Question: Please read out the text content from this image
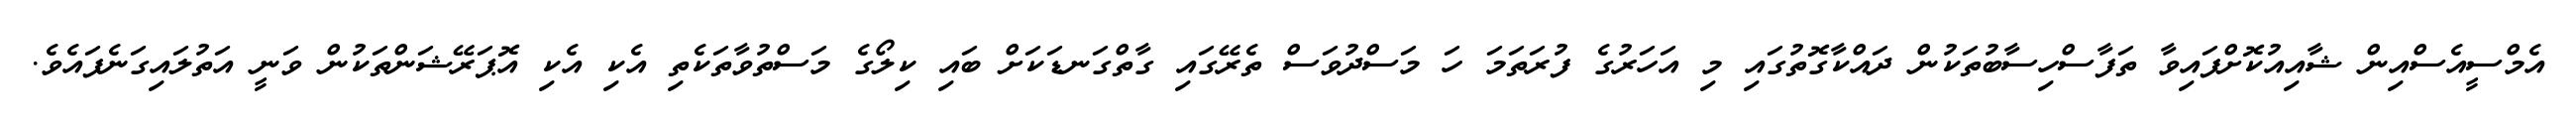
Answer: އެމްސީއެސްއިން ޝާއިއުކޮށްފައިވާ ތަފާސްހިސާބުތަކުން ދައްކާގޮތުގައި މި އަހަރުގެ ފުރަތަމަ ހަ މަސްދުވަސް ތެރޭގައި ގާތްގަނޑަކަށް ބައި ކިލޯގެ މަސްތުވާތަކެތި އެކި އެކި އޮޕަރޭޝަންތަކުން ވަނީ އަތުލައިގަނެފައެވެ.